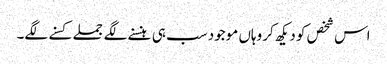
اس شخص کو دیکھ کر وہاں موجود سب ہی ہنسنے لگے جملے کسنے لگے۔